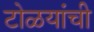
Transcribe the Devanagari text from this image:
टोळयांची